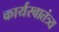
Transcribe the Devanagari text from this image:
कार्यस्वातंत्र्य